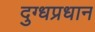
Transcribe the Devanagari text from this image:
दुग्धप्रधान